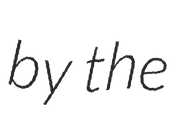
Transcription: by the